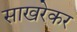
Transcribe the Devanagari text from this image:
साखरेकर